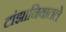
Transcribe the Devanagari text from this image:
टांझानियातले